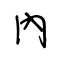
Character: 內